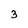
Character: 3